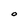
Character: O